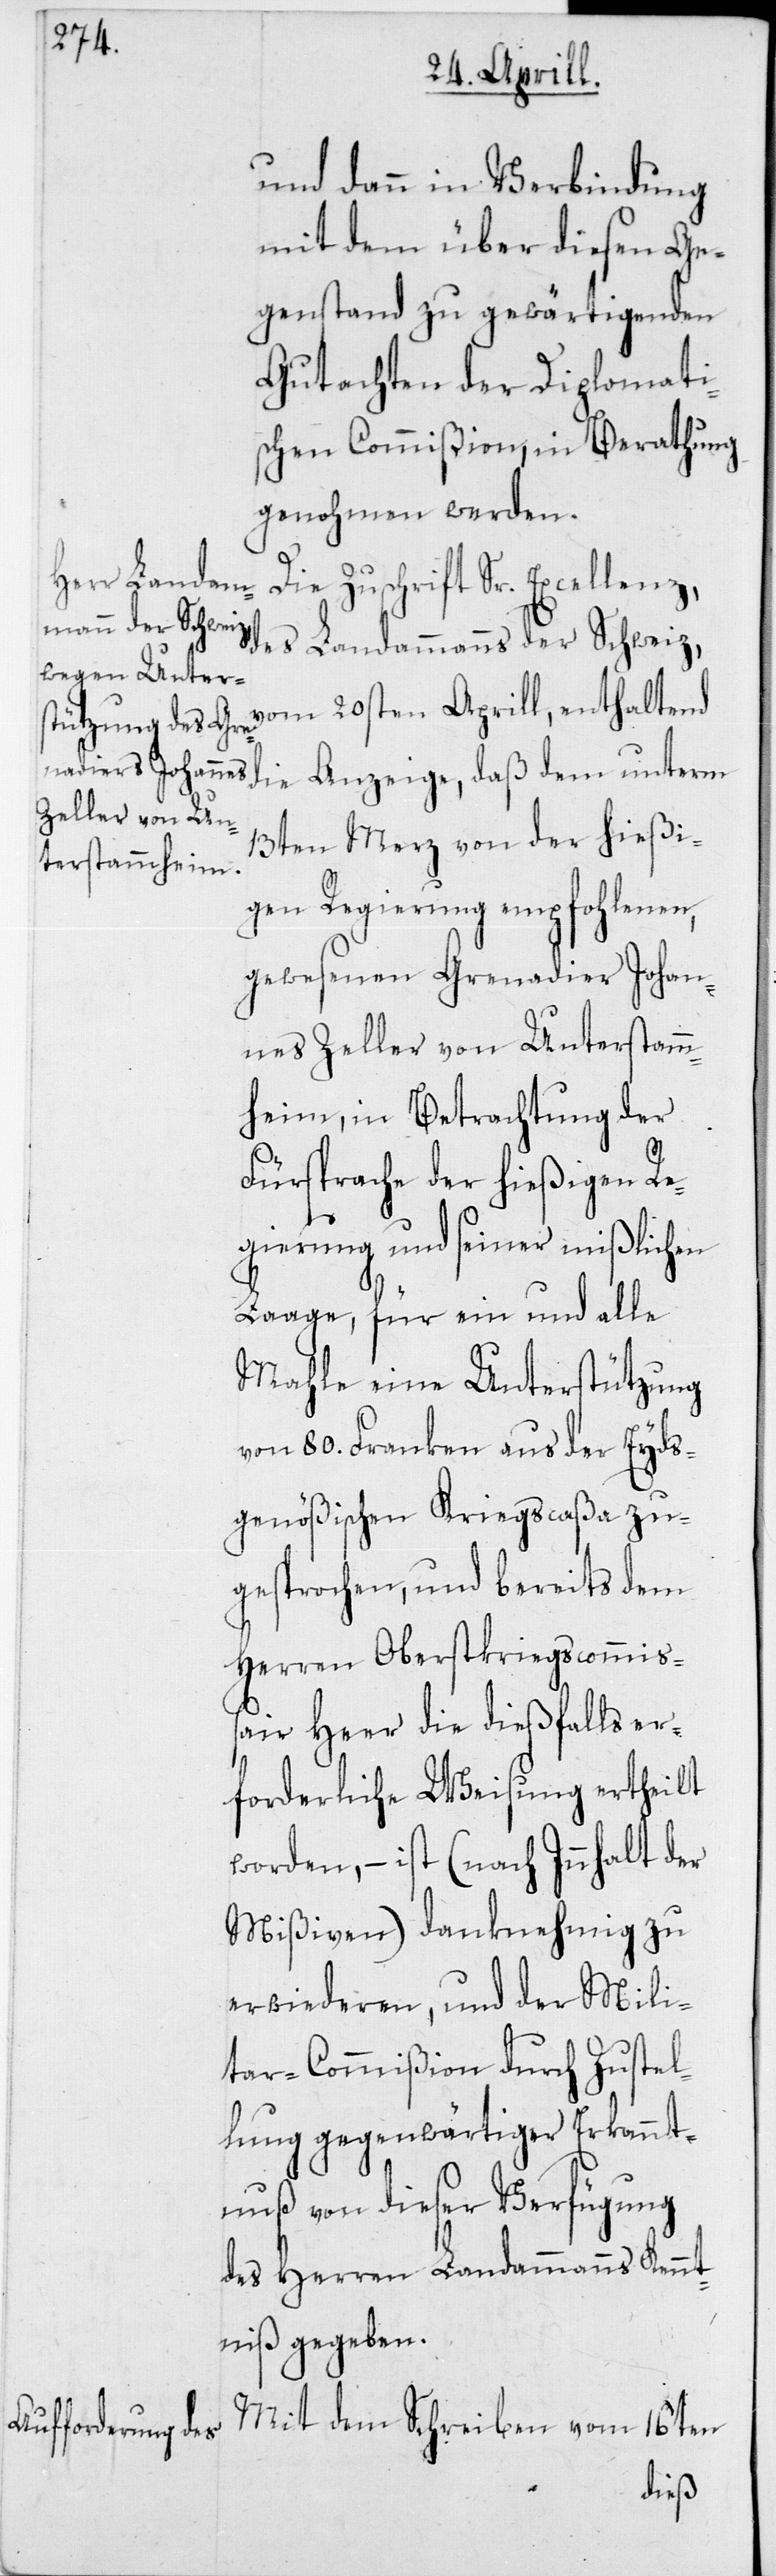
und dann in Verbindung
mit dem über diesen Ge¬
genstand zu gewärtigenden
Gutachten der Diplomati¬
schen Commißion, in Berathung
genohmen werden.
Die Zuschrift Sr. Excellenz,
des Landammanns der Schweiz,
vom 20sten Aprill, enthaltend
die Anzeige, daß dem unterm
13ten Merz von der hießi¬
gen Regierung empfohlenen,
gewesenen Grenadier Johan¬
nes Zeller von Unterstamm¬
heim, in Betrachtung der
Fürsprache der hießigen Re¬
gierung und seiner mißlichen
Laage, für ein und alle
Mahle eine Unterstützung
von 80. Franken aus der Eyds¬
genößischen Kriegscaßa zu¬
gesprochen, und bereits dem
Herren Oberstkriegscommi¬
ßair Heer die dießfalls er¬
forderliche Weisung ertheilt
worden, – ist (nach Innhalt der
Mißiven) danknehmig zu
erwiederen, und der Mili¬
tar-Commißion durch Zustel¬
lung gegenwärtiger Erkannt¬
nuß von dieser Verfügung
des Herren Landammann Kennt¬
niß gegeben.
Mit dem Schreiben vom 16ten